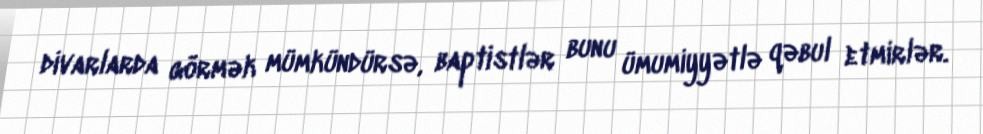
divarlarda görmək mümkündürsə, baptistlər bunu ümumiyyətlə qəbul etmirlər.